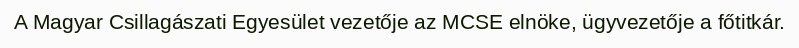
A Magyar Csillagászati Egyesület vezetője az MCSE elnöke, ügyvezetője a főtitkár.